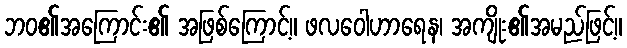
ဘဝ၏အကြောင်း၏ အဖြစ်ကြောင့်။ ဖလဝေါဟာရေန၊ အကျိုး၏အမည်ဖြင့်။